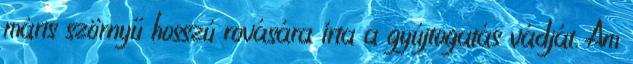
máris szörnyű hosszú rovására írta a gyújtogatás vádját. Ám